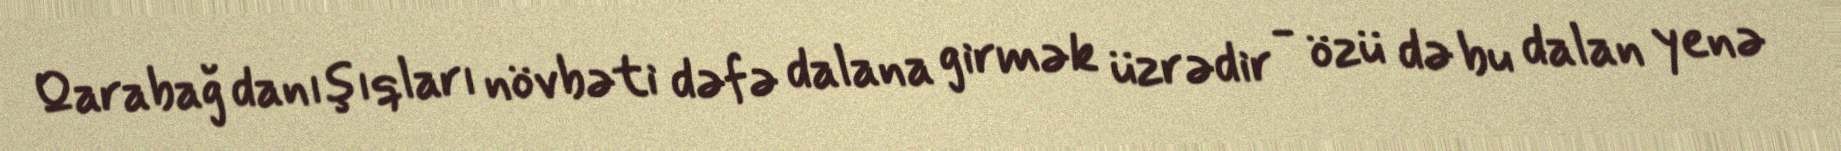
Qarabağ danışıqları növbəti dəfə dalana girmək üzrədir - özü də bu dalan yenə